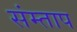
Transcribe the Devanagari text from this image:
संम्ताप